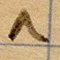
٨